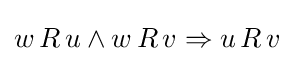
w\,R\,u\land w\,R\,v\Rightarrow u\,R\,v